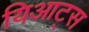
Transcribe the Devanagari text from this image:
यिआट्स